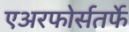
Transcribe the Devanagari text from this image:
एअरफोर्सतर्फे